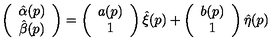
\left( \begin{array} { c c } { \hat { \alpha } ( p ) } \\ { \hat { \beta } ( p ) } \\ \end{array} \right) = \left( \begin{array} { c c } { a ( p ) } \\ { 1 } \\ \end{array} \right) \hat { \xi } ( p ) + \left( \begin{array} { c c } { b ( p ) } \\ { 1 } \\ \end{array} \right) \hat { \eta } ( p )